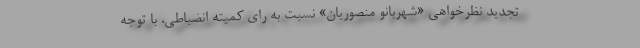
تجدید نظرخواهی «شهربانو منصوریان» نسبت به رای کمیته انضباطی، با توجه